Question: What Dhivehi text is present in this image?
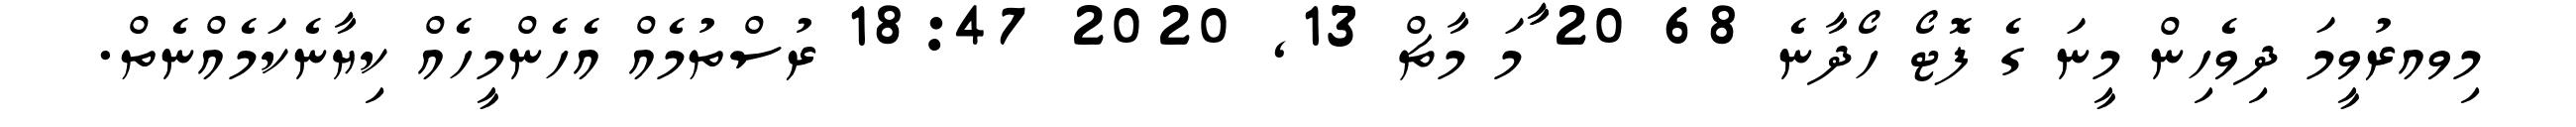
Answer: މިވއރުވީމަ ދިވެހިން މީނަ ގެ ފޮޓޯ ހޯދާނެ 68 20 ާަާމަ މާޗް 13, 2020 18:47 ރުސްތުމެއް އެހެންމީހެއް ކިޔާނެކަމެއްނެތް.